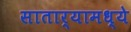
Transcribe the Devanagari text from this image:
सातार्‍यामध्ये